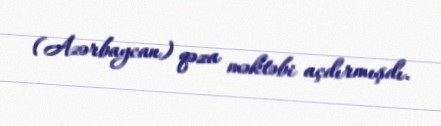
(Azərbaycan) qəza məktəbi açdırmışdı.